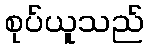
စုပ်ယူသည်